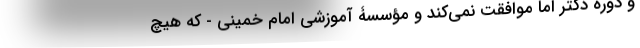
و دورۀ دکتر اما موافقت نمی‌کند و مؤسسۀ آموزشی امام خمینی - که هیچ